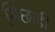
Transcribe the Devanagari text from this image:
बिछड़ी